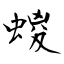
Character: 蝬